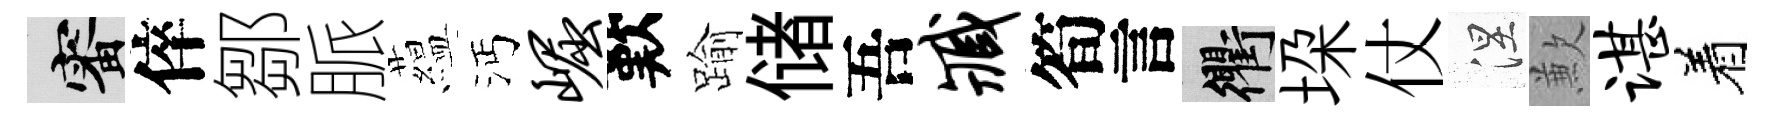
審倅鄒脈藴沔崛歎踰储吾臧筍言衢垜仗涅歉谌着